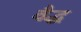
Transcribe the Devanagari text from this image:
वैद्ध